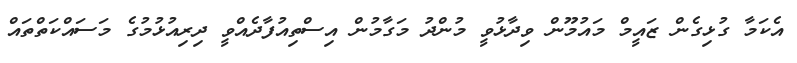
އެކަމާ ގުޅިގެން ޒައީމް މައުމޫން ވިދާޅުވީ މުންދު މަގާމުން އިސްތިއުފާދެއްވީ ދިރިއުޅުމުގެ މަސައްކަތްތައް